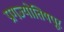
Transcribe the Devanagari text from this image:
प्रागज्योतिषपूर